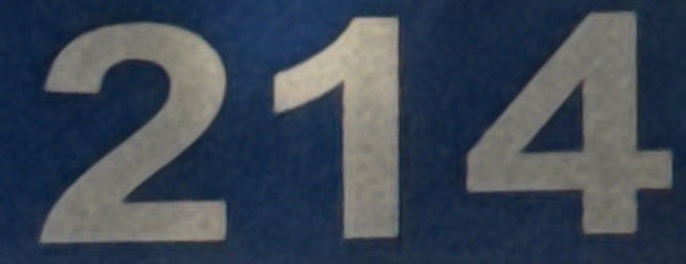
214